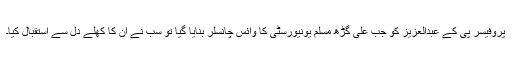
پروفیسر پی کے عبدالعزیز کو جب علی گڑھ مسلم یونیورسٹی کا وائس چانسلر بنایا گیا تو سب نے ان کا کھلے دل سے استقبال کیا۔